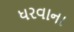
ધરવાના